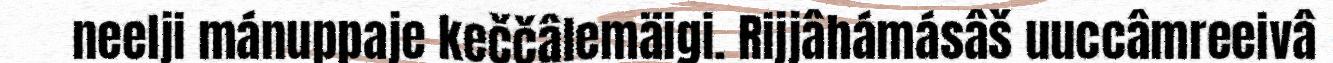
neelji mánuppaje keččâlemäigi. Rijjâhámásâš uuccâmreeivâ